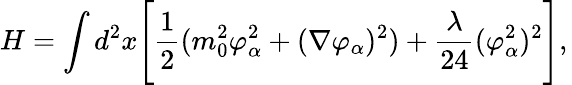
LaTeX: H=\int d^{2}x\Biggl[{\frac{1}{2}}(m_{0}^{2}\varphi_{\alpha}^{2}+(\nabla\varphi_{\alpha})^{2})+{\frac{\lambda}{24}}(\varphi_{\alpha}^{2})^{2}\Biggr],\,